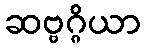
ဆဗ္ဗဂ္ဂိယာ